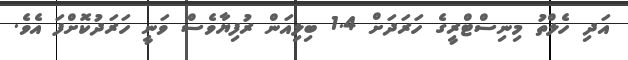
އަދި ހެލްތު މިނިސްޓްރީގެ ހަރަދަށް 1.4 ބިލިއަން ރުފިޔާވެސް ވަނީ ހަރަދުކޮށްފަ އެވެ.